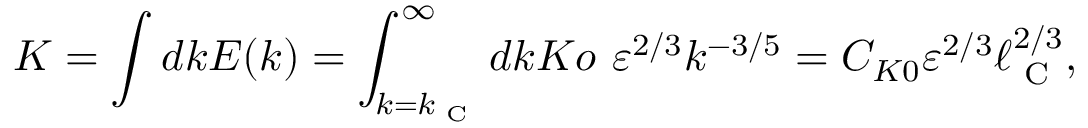
K = \int d k E ( k ) = \int _ { k = k _ { \textrm { C } } } ^ { \infty } d k K o \ \varepsilon ^ { 2 / 3 } k ^ { - 3 / 5 } = C _ { K 0 } \varepsilon ^ { 2 / 3 } \ell _ { \textrm { C } } ^ { 2 / 3 } ,